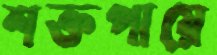
শক্তপায়ে